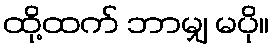
ထို့ထက် ဘာမျှ မပို။